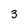
Character: 3